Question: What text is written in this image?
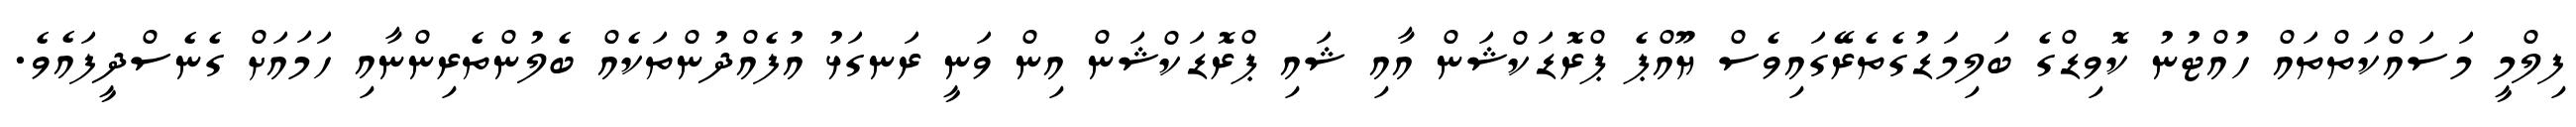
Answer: ފިލްމީ މަސައްކަތްތައް ހުއްޓުނު ކޮވިޑްގެ ބަލިމަޑުގެތެރޭގައިވެސް ޔޫއްޕެ ޕްރޮޑަކްޝަން އާއި ޝައި ޕްރޮޑަކްޝަން އިން ވަނީ ރަނގަޅު އުފެއްދުންތަކެއް ބެލުންތެރިންނާއި ހަމައަށް ގެނެސްދީފައެވެ.